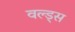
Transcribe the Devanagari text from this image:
वल्ड्स